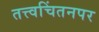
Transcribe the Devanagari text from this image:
तत्त्वचिंतनपर